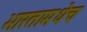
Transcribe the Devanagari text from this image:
भारतामधेच